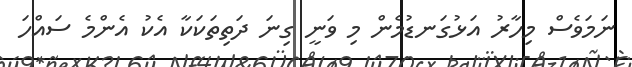
ނަމަވެސް މިހާރު އަޅުގަނޑުމެން މި ވަނީ ގިނަ ދަތިތަކަކާ އެކު އެންމެ ސައްހަ